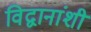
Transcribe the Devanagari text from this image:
विद्वानांशी